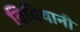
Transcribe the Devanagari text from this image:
विवियानी